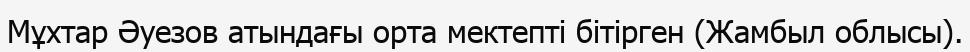
Мұхтар Әуезов атындағы орта мектепті бітірген (Жамбыл облысы).